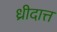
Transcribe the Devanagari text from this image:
ध्रीदात्त